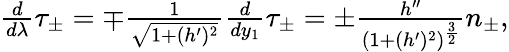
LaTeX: \begin{array}{r}{\frac{d}{d\lambda}\tau_{\pm}=\mp\frac{1}{\sqrt{1+(h^{\prime})^{2}}}\frac{d}{dy_{1}}\tau_{\pm}=\pm\frac{h^{\prime\prime}}{(1+(h^{\prime})^{2})^{\frac{3}{2}}}n_{\pm},}\end{array}